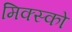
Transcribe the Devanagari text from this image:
मिक्स्को